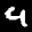
Label: 4